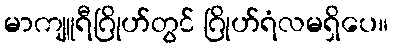
မာကျူရီဂြိုဟ်တွင် ဂြိုဟ်ရံလမရှိပေ။